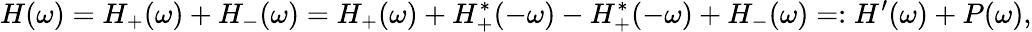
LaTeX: H(\omega)=H_{+}(\omega)+H_{-}(\omega)=H_{+}(\omega)+H_{+}^{*}(-\omega)-H_{+}^{*}(-\omega)+H_{-}(\omega)=:H^{\prime}(\omega)+P(\omega),